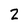
Character: 2